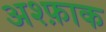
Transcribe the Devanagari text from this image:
अश्फ़ाक